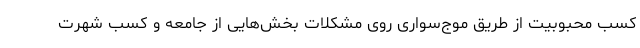
کسب محبوبیت از طریق موج‌سواری روی مشکلات بخش‌هایی از جامعه و کسب شهرت